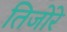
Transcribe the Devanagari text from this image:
तिजोरे